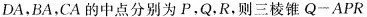
DA，BA，CA 的中点分别为 P，Q，R，则三棱锥 Q一APR